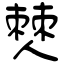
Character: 僰